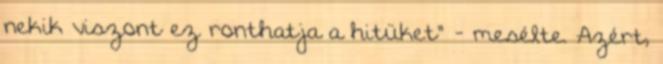
nekik viszont ez ronthatja a hitüket" - mesélte. Azért,